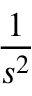
\frac { 1 } { s ^ { 2 } }